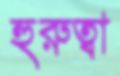
হুরুত্বা